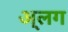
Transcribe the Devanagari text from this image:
अ्लग